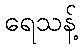
ရေသန့်